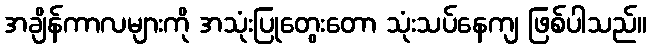
အချိန်ကာလများကို အသုံးပြုတွေးတော သုံးသပ်နေကျ ဖြစ်ပါသည်။